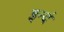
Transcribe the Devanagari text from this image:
इन्दं